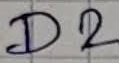
Text: D2